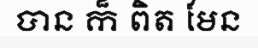
បាន ក៏ ពិត មែន